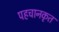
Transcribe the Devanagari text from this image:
पहचानकृत